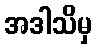
အဒါသိမှ